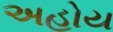
અહોય